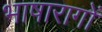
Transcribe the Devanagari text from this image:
भाषारागों